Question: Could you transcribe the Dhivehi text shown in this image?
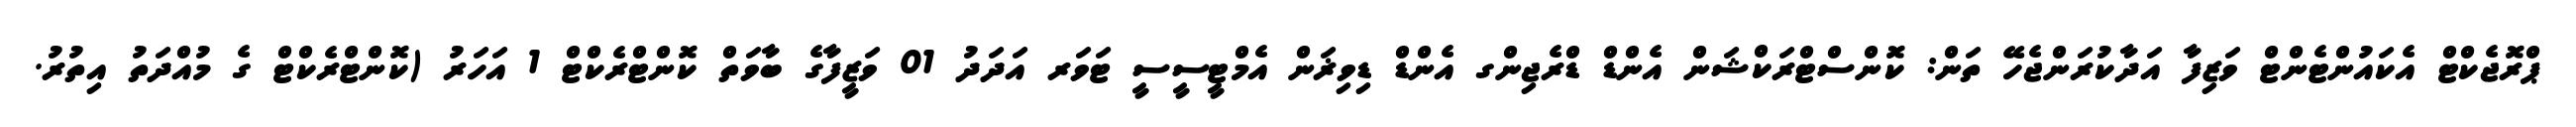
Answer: ޕްރޮޖެކްޓް އެކައުންޓެންޓް ވަޒިފާ އަދާކުރަންޖެހޭ ތަން: ކޮންސްޓްރަކްޝަން އެންޑް ޑްރެޖިންގ އެންޑް ޑިވިޜަން އެމްޓީސީސީ ޓަވަރ އަދަދު 01 ވަޒީފާގެ ބާވަތް ކޮންޓްރެކްޓް 1 އަހަރު (ކޮންޓްރެކްޓް ގެ މުއްދަތު އިތުރު.